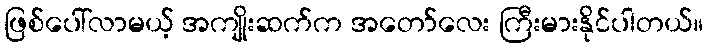
ဖြစ်ပေါ်လာမယ့် အကျိုးဆက်က အတော်လေး ကြီးမားနိုင်ပါတယ်။